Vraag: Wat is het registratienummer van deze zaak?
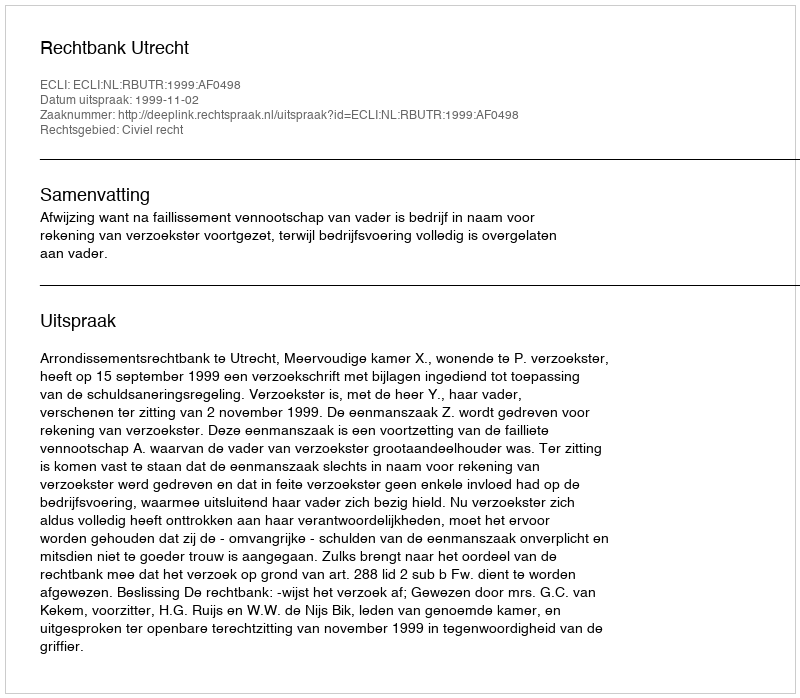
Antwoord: http://deeplink.rechtspraak.nl/uitspraak?id=ECLI:NL:RBUTR:1999:AF0498